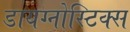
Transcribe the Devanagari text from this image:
डायग्‍नोस्टिक्‍स